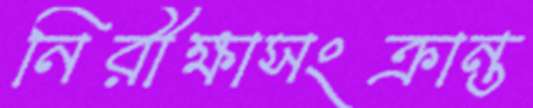
নিরীক্ষাসংক্রান্ত